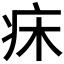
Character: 𤴷